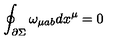
\oint _ { \partial \Sigma } \omega _ { \mu a b } d x ^ { \mu } = 0